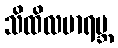
သိထိလမာရဗ္ဘ